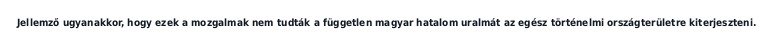
Jellemző ugyanakkor, hogy ezek a mozgalmak nem tudták a független magyar hatalom uralmát az egész történelmi országterületre kiterjeszteni.